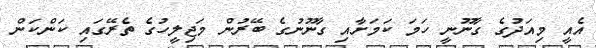
އެއީ މިއަދުގެ ގާނޫނީ ހަމަ ކަމަށާއި ގާނޫނުގެ ބޭރުން މަޖިލީހުގެ ތެރޭގައި ކަންކަން